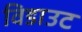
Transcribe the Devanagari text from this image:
विडाउट